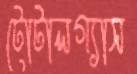
টোটালগ্যাস